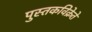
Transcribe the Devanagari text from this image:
पुस्तकविक्रेते